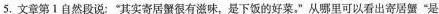
5.文章第1自然段说：”其实寄居蟹很有滋味，是下饭的好菜。”从哪里可以看出寄居蟹”是